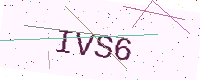
Text: IVS6